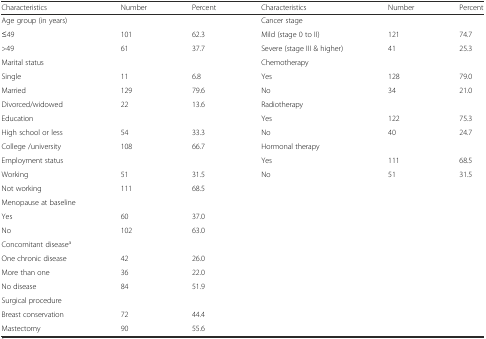
<table><thead><tr><td><b>Characteristics</b></td><td><b>Number</b></td><td><b>Percent</b></td><td><b>Characteristics</b></td><td><b>Number</b></td><td><b>Percent</b></td></tr></thead><tbody><tr><td>Age group (in years)</td><td></td><td></td><td>Cancer stage</td><td></td><td></td></tr><tr><td>≤49</td><td>101</td><td>62.3</td><td>Mild (stage 0 to II)</td><td>121</td><td>74.7</td></tr><tr><td>&gt;49</td><td>61</td><td>37.7</td><td>Severe (stage III &amp; higher)</td><td>41</td><td>25.3</td></tr><tr><td>Marital status</td><td></td><td></td><td>Chemotherapy</td><td></td><td></td></tr><tr><td>Single</td><td>11</td><td>6.8</td><td>Yes</td><td>128</td><td>79.0</td></tr><tr><td>Married</td><td>129</td><td>79.6</td><td>No</td><td>34</td><td>21.0</td></tr><tr><td>Divorced/widowed</td><td>22</td><td>13.6</td><td>Radiotherapy</td><td></td><td></td></tr><tr><td>Education</td><td></td><td></td><td>Yes</td><td>122</td><td>75.3</td></tr><tr><td>High school or less</td><td>54</td><td>33.3</td><td>No</td><td>40</td><td>24.7</td></tr><tr><td>College /university</td><td>108</td><td>66.7</td><td>Hormonal therapy</td><td></td><td></td></tr><tr><td>Employment status</td><td></td><td></td><td>Yes</td><td>111</td><td>68.5</td></tr><tr><td>Working</td><td>51</td><td>31.5</td><td>No</td><td>51</td><td>31.5</td></tr><tr><td>Not working</td><td>111</td><td>68.5</td><td></td><td></td><td></td></tr><tr><td>Menopause at baseline</td><td></td><td></td><td></td><td></td><td></td></tr><tr><td>Yes</td><td>60</td><td>37.0</td><td></td><td></td><td></td></tr><tr><td>No</td><td>102</td><td>63.0</td><td></td><td></td><td></td></tr><tr><td>Concomitant disease<sup>a</sup></td><td></td><td></td><td></td><td></td><td></td></tr><tr><td>One chronic disease</td><td>42</td><td>26.0</td><td></td><td></td><td></td></tr><tr><td>More than one</td><td>36</td><td>22.0</td><td></td><td></td><td></td></tr><tr><td>No disease</td><td>84</td><td>51.9</td><td></td><td></td><td></td></tr><tr><td>Surgical procedure</td><td></td><td></td><td></td><td></td><td></td></tr><tr><td>Breast conservation</td><td>72</td><td>44.4</td><td></td><td></td><td></td></tr><tr><td>Mastectomy</td><td>90</td><td>55.6</td><td></td><td></td><td></td></tr></tbody></table>